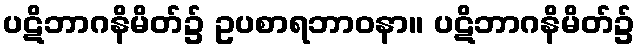
ပဋိဘာဂနိမိတ်၌ ဥပစာရဘာဝနာ။ ပဋိဘာဂနိမိတ်၌